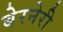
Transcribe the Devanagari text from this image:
बेरनेरी